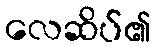
လေဆိပ်၏